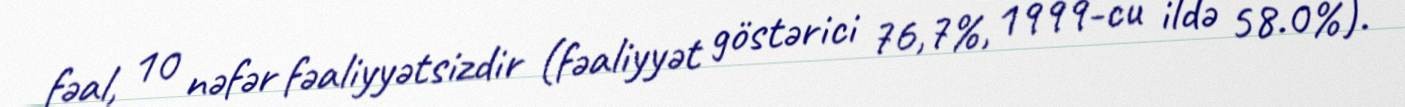
fəal, 10 nəfər fəaliyyətsizdir (fəaliyyət göstərici 76,7%, 1999-cu ildə 58.0%).